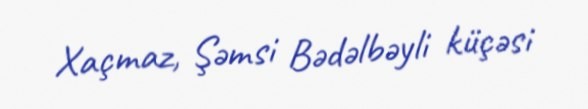
Xaçmaz, Şəmsi Bədəlbəyli küçəsi